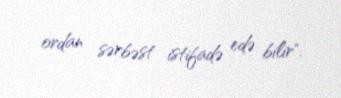
ordan sərbəst istifadə edə bilir".